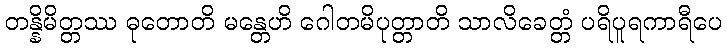
တန္နိမိတ္တဿ ဓုတောတိ မန္တေဟိ ဂေါတမိပုတ္တာတိ သာလိခေတ္တံ ပရိပူရကာရီပေ